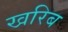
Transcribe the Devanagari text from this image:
खरिब